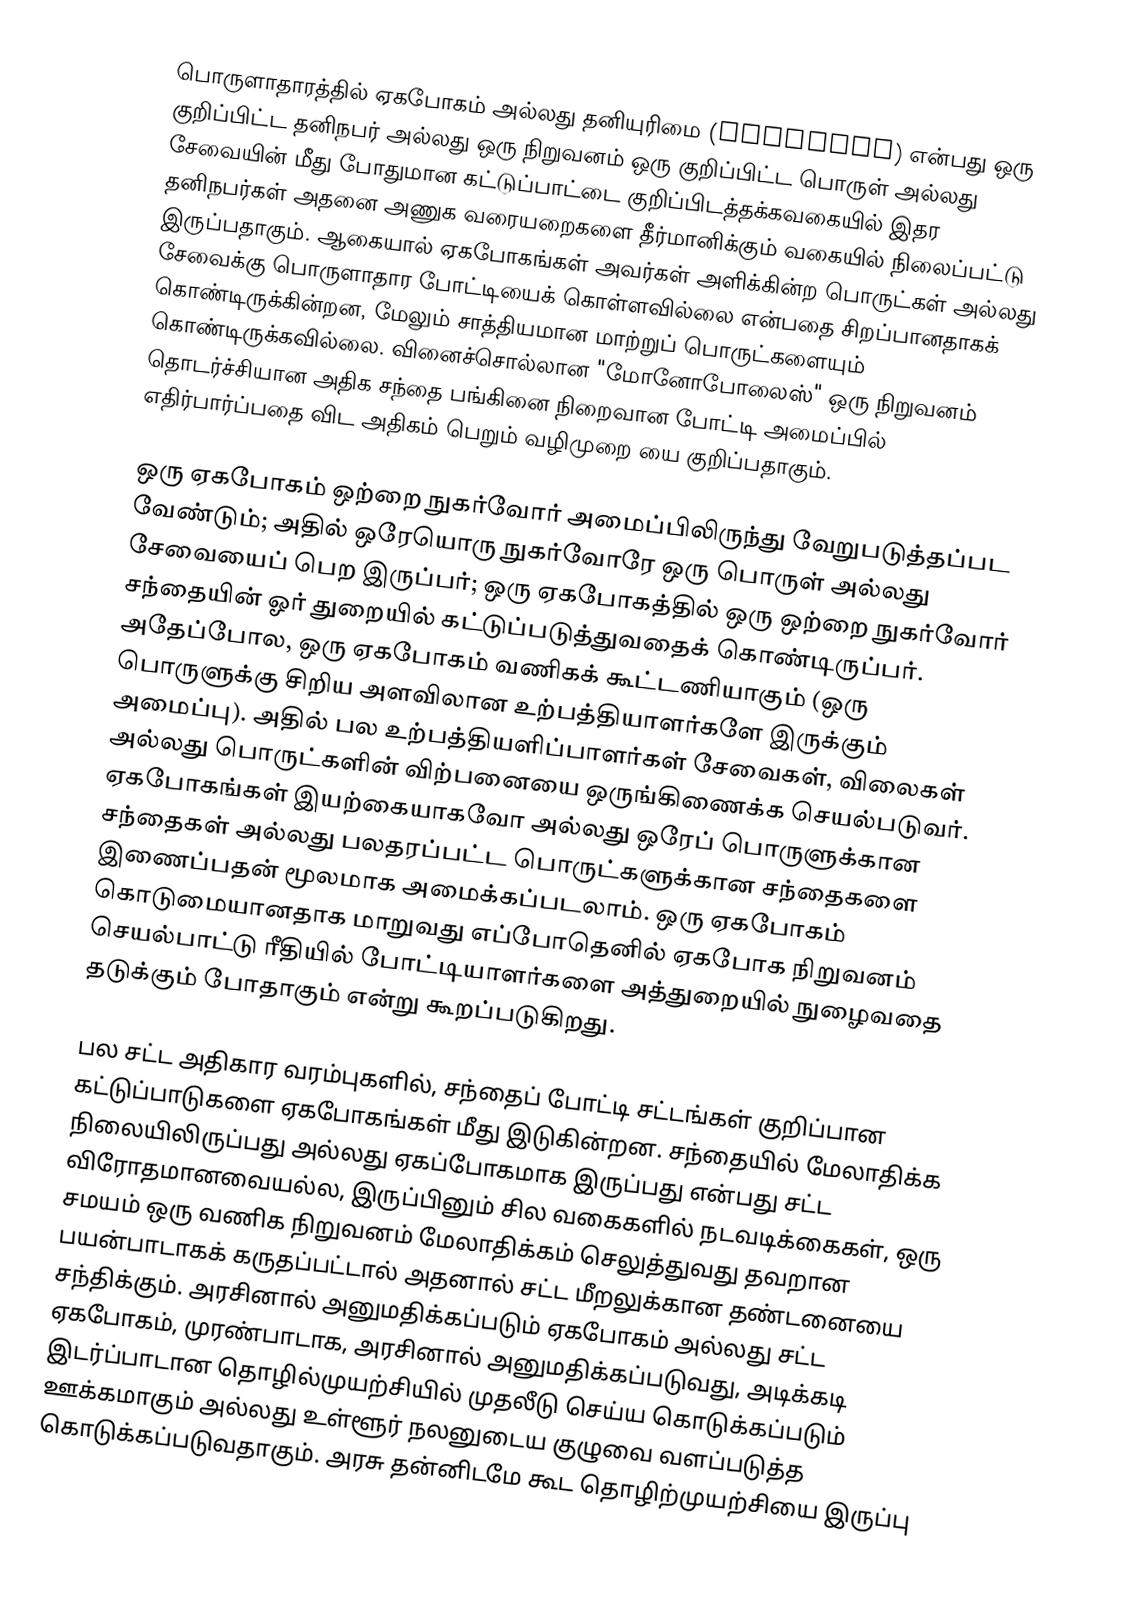
பொருளாதாரத்தில் ஏகபோகம் அல்லது தனியுரிமை (Monopoly) என்பது ஒரு குறிப்பிட்ட தனிநபர் அல்லது ஒரு நிறுவனம் ஒரு குறிப்பிட்ட பொருள் அல்லது சேவையின் மீது போதுமான கட்டுப்பாட்டை குறிப்பிடத்தக்கவகையில் இதர தனிநபர்கள் அதனை அணுக வரையறைகளை தீர்மானிக்கும் வகையில் நிலைப்பட்டு இருப்பதாகும். ஆகையால் ஏகபோகங்கள் அவர்கள் அளிக்கின்ற பொருட்கள் அல்லது சேவைக்கு பொருளாதார போட்டியைக் கொள்ளவில்லை என்பதை சிறப்பானதாகக் கொண்டிருக்கின்றன, மேலும் சாத்தியமான மாற்றுப் பொருட்களையும் கொண்டிருக்கவில்லை. வினைச்சொல்லான "மோனோபோலைஸ்" ஒரு நிறுவனம் தொடர்ச்சியான அதிக சந்தை பங்கினை நிறைவான போட்டி அமைப்பில் எதிர்பார்ப்பதை விட அதிகம் பெறும் வழிமுறை யை குறிப்பதாகும்.

ஒரு ஏகபோகம் ஒற்றை நுகர்வோர் அமைப்பிலிருந்து வேறுபடுத்தப்பட வேண்டும்; அதில் ஒரேயொரு நுகர்வோரே ஒரு பொருள் அல்லது சேவையைப் பெற இருப்பர்; ஒரு ஏகபோகத்தில் ஒரு ஒற்றை நுகர்வோர் சந்தையின் ஓர் துறையில் கட்டுப்படுத்துவதைக் கொண்டிருப்பர். அதேப்போல, ஒரு ஏகபோகம் வணிகக் கூட்டணியாகும் (ஒரு பொருளுக்கு சிறிய அளவிலான உற்பத்தியாளர்களே இருக்கும் அமைப்பு). அதில் பல உற்பத்தியளிப்பாளர்கள் சேவைகள், விலைகள் அல்லது பொருட்களின் விற்பனையை ஒருங்கிணைக்க செயல்படுவர். ஏகபோகங்கள் இயற்கையாகவோ அல்லது ஒரேப் பொருளுக்கான சந்தைகள் அல்லது பலதரப்பட்ட பொருட்களுக்கான சந்தைகளை இணைப்பதன் மூலமாக அமைக்கப்படலாம். ஒரு ஏகபோகம் கொடுமையானதாக மாறுவது எப்போதெனில் ஏகபோக நிறுவனம் செயல்பாட்டு ரீதியில் போட்டியாளர்களை அத்துறையில் நுழைவதை தடுக்கும் போதாகும் என்று கூறப்படுகிறது.

பல சட்ட அதிகார வரம்புகளில், சந்தைப் போட்டி சட்டங்கள் குறிப்பான கட்டுப்பாடுகளை ஏகபோகங்கள் மீது இடுகின்றன. சந்தையில் மேலாதிக்க நிலையிலிருப்பது அல்லது ஏகப்போகமாக இருப்பது என்பது சட்ட விரோதமானவையல்ல, இருப்பினும் சில வகைகளில் நடவடிக்கைகள், ஒரு சமயம் ஒரு வணிக நிறுவனம் மேலாதிக்கம் செலுத்துவது தவறான பயன்பாடாகக் கருதப்பட்டால் அதனால் சட்ட மீறலுக்கான தண்டனையை சந்திக்கும். அரசினால் அனுமதிக்கப்படும் ஏகபோகம் அல்லது சட்ட ஏகபோகம், முரண்பாடாக, அரசினால் அனுமதிக்கப்படுவது, அடிக்கடி இடர்ப்பாடான தொழில்முயற்சியில் முதலீடு செய்ய கொடுக்கப்படும் ஊக்கமாகும் அல்லது உள்ளூர் நலனுடைய குழுவை வளப்படுத்த கொடுக்கப்படுவதாகும். அரசு தன்னிடமே கூட தொழிற்முயற்சியை இருப்பு